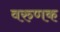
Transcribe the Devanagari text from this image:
वरुणक